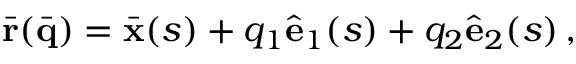
\bar { \bf r } ( \bar { \bf q } ) = \bar { \bf x } ( s ) + q _ { 1 } \hat { \bf e } _ { 1 } ( s ) + q _ { 2 } \hat { \bf e } _ { 2 } ( s ) \, ,